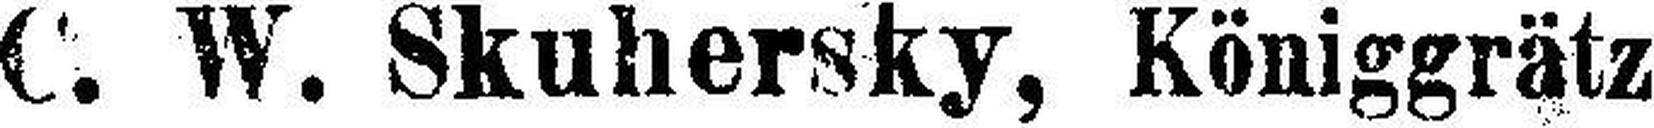
C. W. Skuhersky, Königgrätz